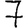
Digit: 7